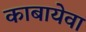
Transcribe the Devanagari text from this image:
काबायेवा